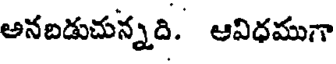
అనబడుచున్నది. ఆవిధముగా